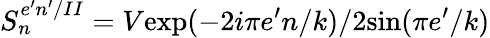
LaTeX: S_{n}^{e^{\prime}n^{\prime}/II}=V\mathrm{exp}(-2i\pi e^{\prime}n/k)/2\mathrm{sin}(\pi e^{\prime}/k)